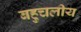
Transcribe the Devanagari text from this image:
बहुचलीय